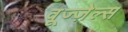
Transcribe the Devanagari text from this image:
वूज्ज़ेल्स